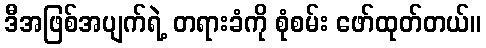
ဒီအဖြစ်အပျက်ရဲ့ တရားခံကို စုံစမ်း ဖော်ထုတ်တယ်။